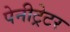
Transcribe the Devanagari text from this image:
पेनीट्रेटर